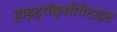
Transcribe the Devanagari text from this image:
हाइड्रॉक्सीपैटाइट